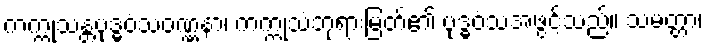
ကက္ကုသန္တဗုဒ္ဓဝံသဝဏ္ဏနာ၊ ကက္ကုသံဘုရားမြတ်၏ ဗုဒ္ဓဝံသအဖွင့်သည်။ သမတ္တာ၊